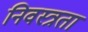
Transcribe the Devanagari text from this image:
निवस्त्रता